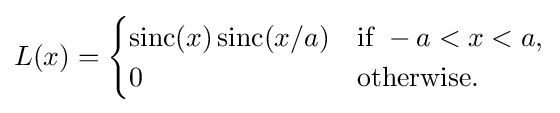
L(x)={\begin{cases}\operatorname {sinc} (x)\operatorname {sinc} (x/a)&{\text{if}}\ -a<x<a,\\0&{\text{otherwise}}.\end{cases}}